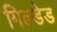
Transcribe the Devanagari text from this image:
गिल्डेड